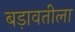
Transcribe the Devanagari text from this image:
बड़ावतीला